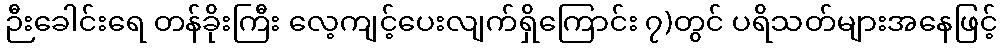
ဉီးခေါင်းရေ တန်ခိုးကြီး လေ့ကျင့်ပေးလျက်ရှိကြောင်း ၇)တွင် ပရိသတ်များအနေဖြင့်